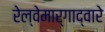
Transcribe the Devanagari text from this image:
रेल्वेमार्गाद्वारे